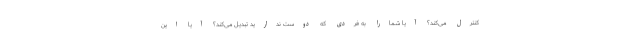
کنترل می‌کند؟ آیا شمارا به فردی که دوست ندارید تبدیل می‌کند؟ آیا این